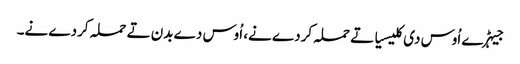
جیہڑے اُوس دی کلیسیا تے حملہ کردے نے، اُوس دے بدن تے حملہ کردے نے۔